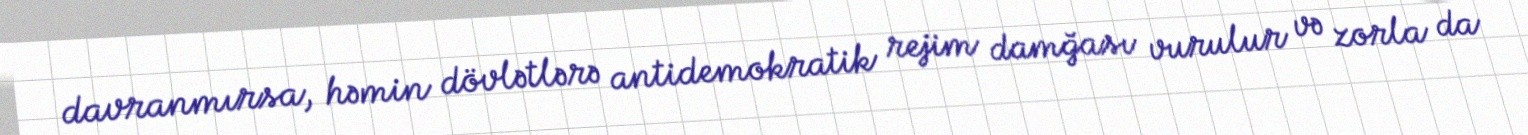
davranmırsa, həmin dövlətlərə antidemokratik rejim damğası vurulur və zorla da